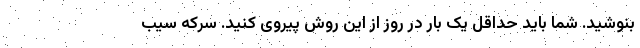
بنوشید. شما باید حداقل یک بار در روز از این روش پیروی کنید. سرکه سیب